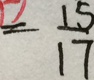
= \frac { 1 5 } { 1 7 }